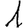
Digit: 1